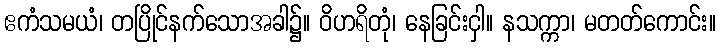
ဧကံသမယံ၊ တပြိုင်နက်သောအခါ၌။ ဝိဟရိတုံ၊ နေခြင်းငှါ။ နသက္ကာ၊ မတတ်ကောင်း။